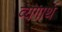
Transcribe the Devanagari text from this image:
व्यंगार्थ